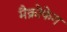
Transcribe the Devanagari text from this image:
मैक्रोफेग